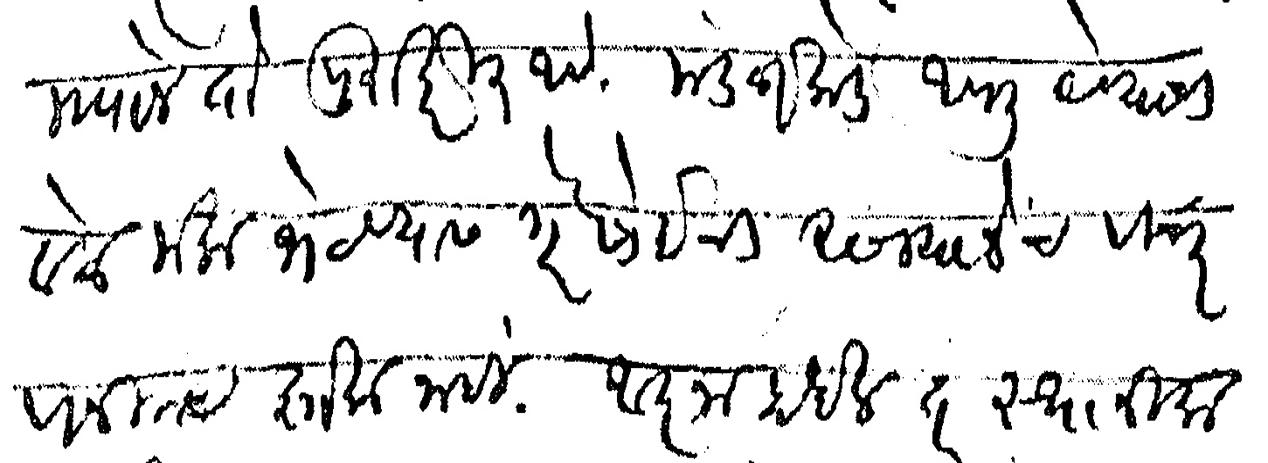
Transliteration (Devanagari): म्हणोन तो पुरा करीत आहे मंडळाकडे आपली येण्याची वेळ मला भेटण्यास गैरसोईची असल्यानेच विचार विनिमय झाला नाही आज्ञा होईल तर स्थानिक